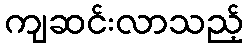
ကျဆင်းလာသည့်